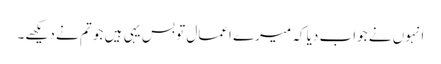
انہوں نے جواب دیا کہ میرے اعمال تو بس یہی ہیں جو تم نے دیکھے۔